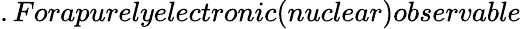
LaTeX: .Forapurelyelectronic(nuclear)observable